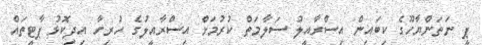
ޕީ ނަތަންޔާހޫގެ ކިބައިން އިސްރާއީލު ސަލާމަތް ކުރުމަށް އިސްރާއީލުގެ ހުރިހާ އިދިކޮޅު ޕާޓީތައް